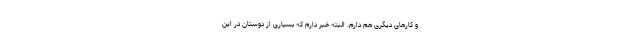
و کارهای دیگری هم دارم. البته خبر دارم که بسیاری از دوستان در این